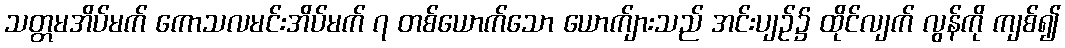
သတ္တမအိပ်မက် ကောသလမင်းအိပ်မက် ၇ တစ်ယောက်သော ယောက်ျားသည် အင်းပျဉ်၌ ထိုင်လျက် လွန်ကို ကျစ်၍